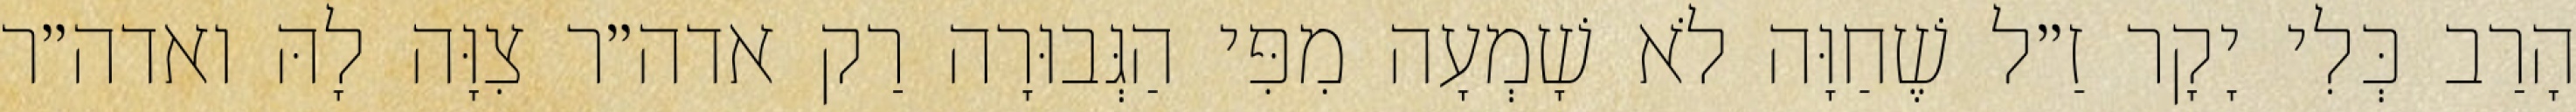
הָרַב כְּלִי יָקָר זַ״ל שֶׁחַוָּה לֹא שָׁמְעָה מִפִּי הַגְּבוּרָה רַק אדה״ר צִוָּה לָהּ ואדה״ר